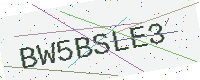
Text: BW5BSLE3